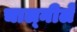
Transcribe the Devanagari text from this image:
चाल्नीले